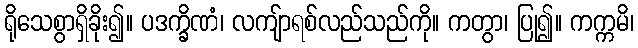
ရိုသေစွာရှိခိုး၍။ ပဒက္ခိဏံ၊ လကျ်ာရစ်လည်သည်ကို။ ကတွာ၊ ပြု၍။ ကက္ကမိ၊